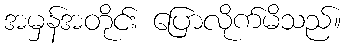
အမှန်အတိုင်း ပြောလိုက်မိသည်။